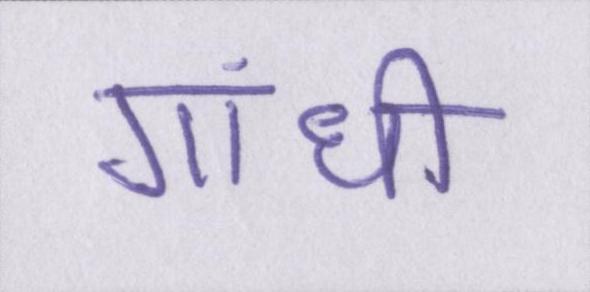
गांधी